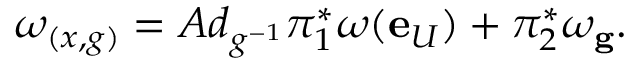
\omega _ { ( x , g ) } = A d _ { g ^ { - 1 } } \pi _ { 1 } ^ { * } \omega ( \mathbf { e } _ { U } ) + \pi _ { 2 } ^ { * } \omega _ { \mathbf { g } } .